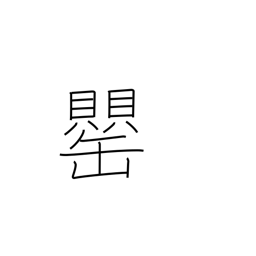
Meaning: vase